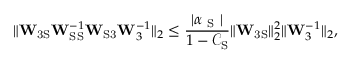
\lVert \mathbf { W } _ { \mathrm { 3 S } } \mathbf { W } _ { \mathrm { S S } } ^ { - 1 } \mathbf { W } _ { \mathrm { S 3 } } \mathbf { W } _ { 3 } ^ { - 1 } \rVert _ { 2 } \leq \frac { | \alpha _ { \mathrm { ~ S ~ } } | } { 1 - \mathcal { C } _ { \mathrm { S } } } \lVert \mathbf { W } _ { \mathrm { 3 S } } \rVert _ { 2 } ^ { 2 } \lVert \mathbf { W } _ { 3 } ^ { - 1 } \rVert _ { 2 } ,